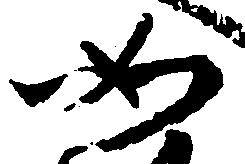
如